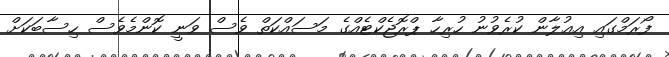
ފޯރަމްގައި އިޢުލާން ކުރެވުނު ހުރިހާ ޕްރޮޖެކްޓެއްގެ މަސައްކަތް ވެސް ވަނީ ކޮންމެވެސް ހިސާބަކަށް